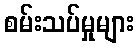
စမ်းသပ်မှုများ